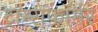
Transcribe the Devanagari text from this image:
ट्राम्सफॉर्मर